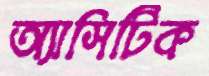
অ্যাসিটিক